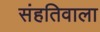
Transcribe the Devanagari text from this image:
संहतिवाला